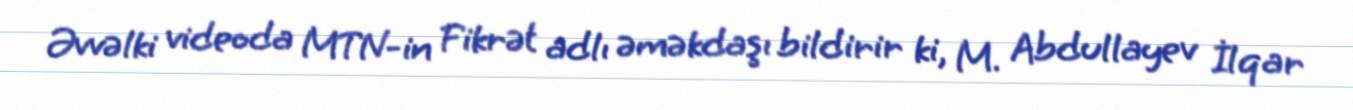
Əvvəlki videoda MTN-in Fikrət adlı əməkdaşı bildirir ki, M. Abdullayev İlqar